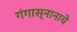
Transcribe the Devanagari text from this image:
गंगास्नानाचे